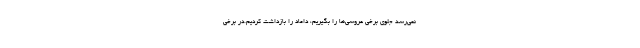
نمی‌رسد جلوی برخی عروسی‌ها را بگیریم، داماد را بازداشت کردیم.در برخی